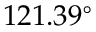
1 2 1 . 3 9 ^ { \circ }